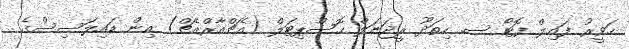
ހަވީރު ފައިލް ފޮޓޯ ސ. ހިތަދޫ ރީޖަނަލް ހޮސްޕިޓަލް (އެޗްއާރްއެޗް) އިން ޑައިލަސިސްގެ